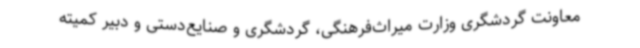
معاونت گردشگری وزارت میراث‌فرهنگی، گردشگری و صنایع‌دستی و دبیر کمیته